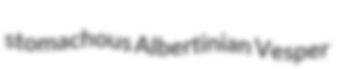
stomachous Albertinian Vesper